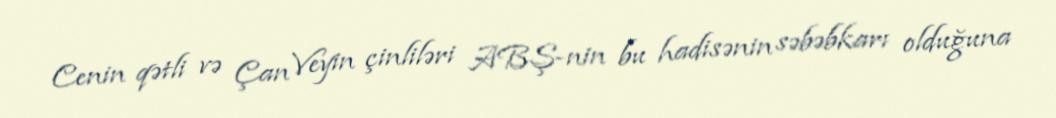
Cenin qətli və Çan Veyin çinliləri ABŞ-nin bu hadisənin səbəbkarı olduğuna